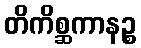
တိကိစ္ဆကာနဉ္စ